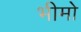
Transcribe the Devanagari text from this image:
भीमो